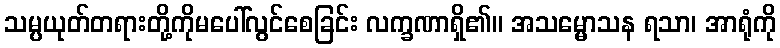
သမ္ပယုတ်တရားတို့ကိုမပေါ်လွင်စေခြင်း လက္ခဏာရှိ၏။ အသမ္မောသန ရသာ၊ အာရုံကို